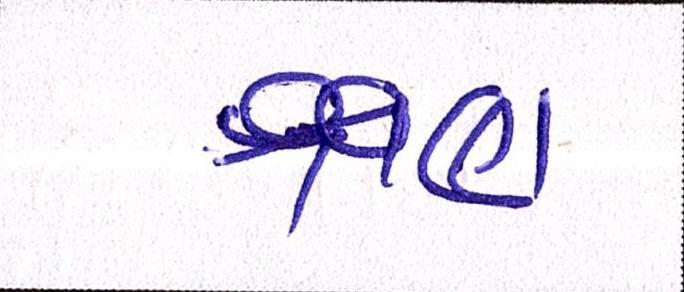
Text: ક્ષણ